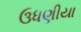
ઉધણીયા